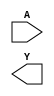
/**
 * Copyright 2020 The SkyWater PDK Authors
 *
 * Licensed under the Apache License, Version 2.0 (the "License");
 * you may not use this file except in compliance with the License.
 * You may obtain a copy of the License at
 *
 *     https://www.apache.org/licenses/LICENSE-2.0
 *
 * Unless required by applicable law or agreed to in writing, software
 * distributed under the License is distributed on an "AS IS" BASIS,
 * WITHOUT WARRANTIES OR CONDITIONS OF ANY KIND, either express or implied.
 * See the License for the specific language governing permissions and
 * limitations under the License.
 *
 * SPDX-License-Identifier: Apache-2.0
 */

`ifndef SKY130_FD_SC_HS__CLKDLYINV3SD2_SYMBOL_V
`define SKY130_FD_SC_HS__CLKDLYINV3SD2_SYMBOL_V

/**
 * clkdlyinv3sd2: Clock Delay Inverter 3-stage 0.25um length inner
 *                stage gate.
 *
 * Verilog stub (without power pins) for graphical symbol definition
 * generation.
 *
 * WARNING: This file is autogenerated, do not modify directly!
 */

`timescale 1ns / 1ps
`default_nettype none

(* blackbox *)
module sky130_fd_sc_hs__clkdlyinv3sd2 (
    //# {{data|Data Signals}}
    input  A,
    output Y
);

    // Voltage supply signals
    supply1 VPWR;
    supply0 VGND;

endmodule

`default_nettype wire
`endif  // SKY130_FD_SC_HS__CLKDLYINV3SD2_SYMBOL_V